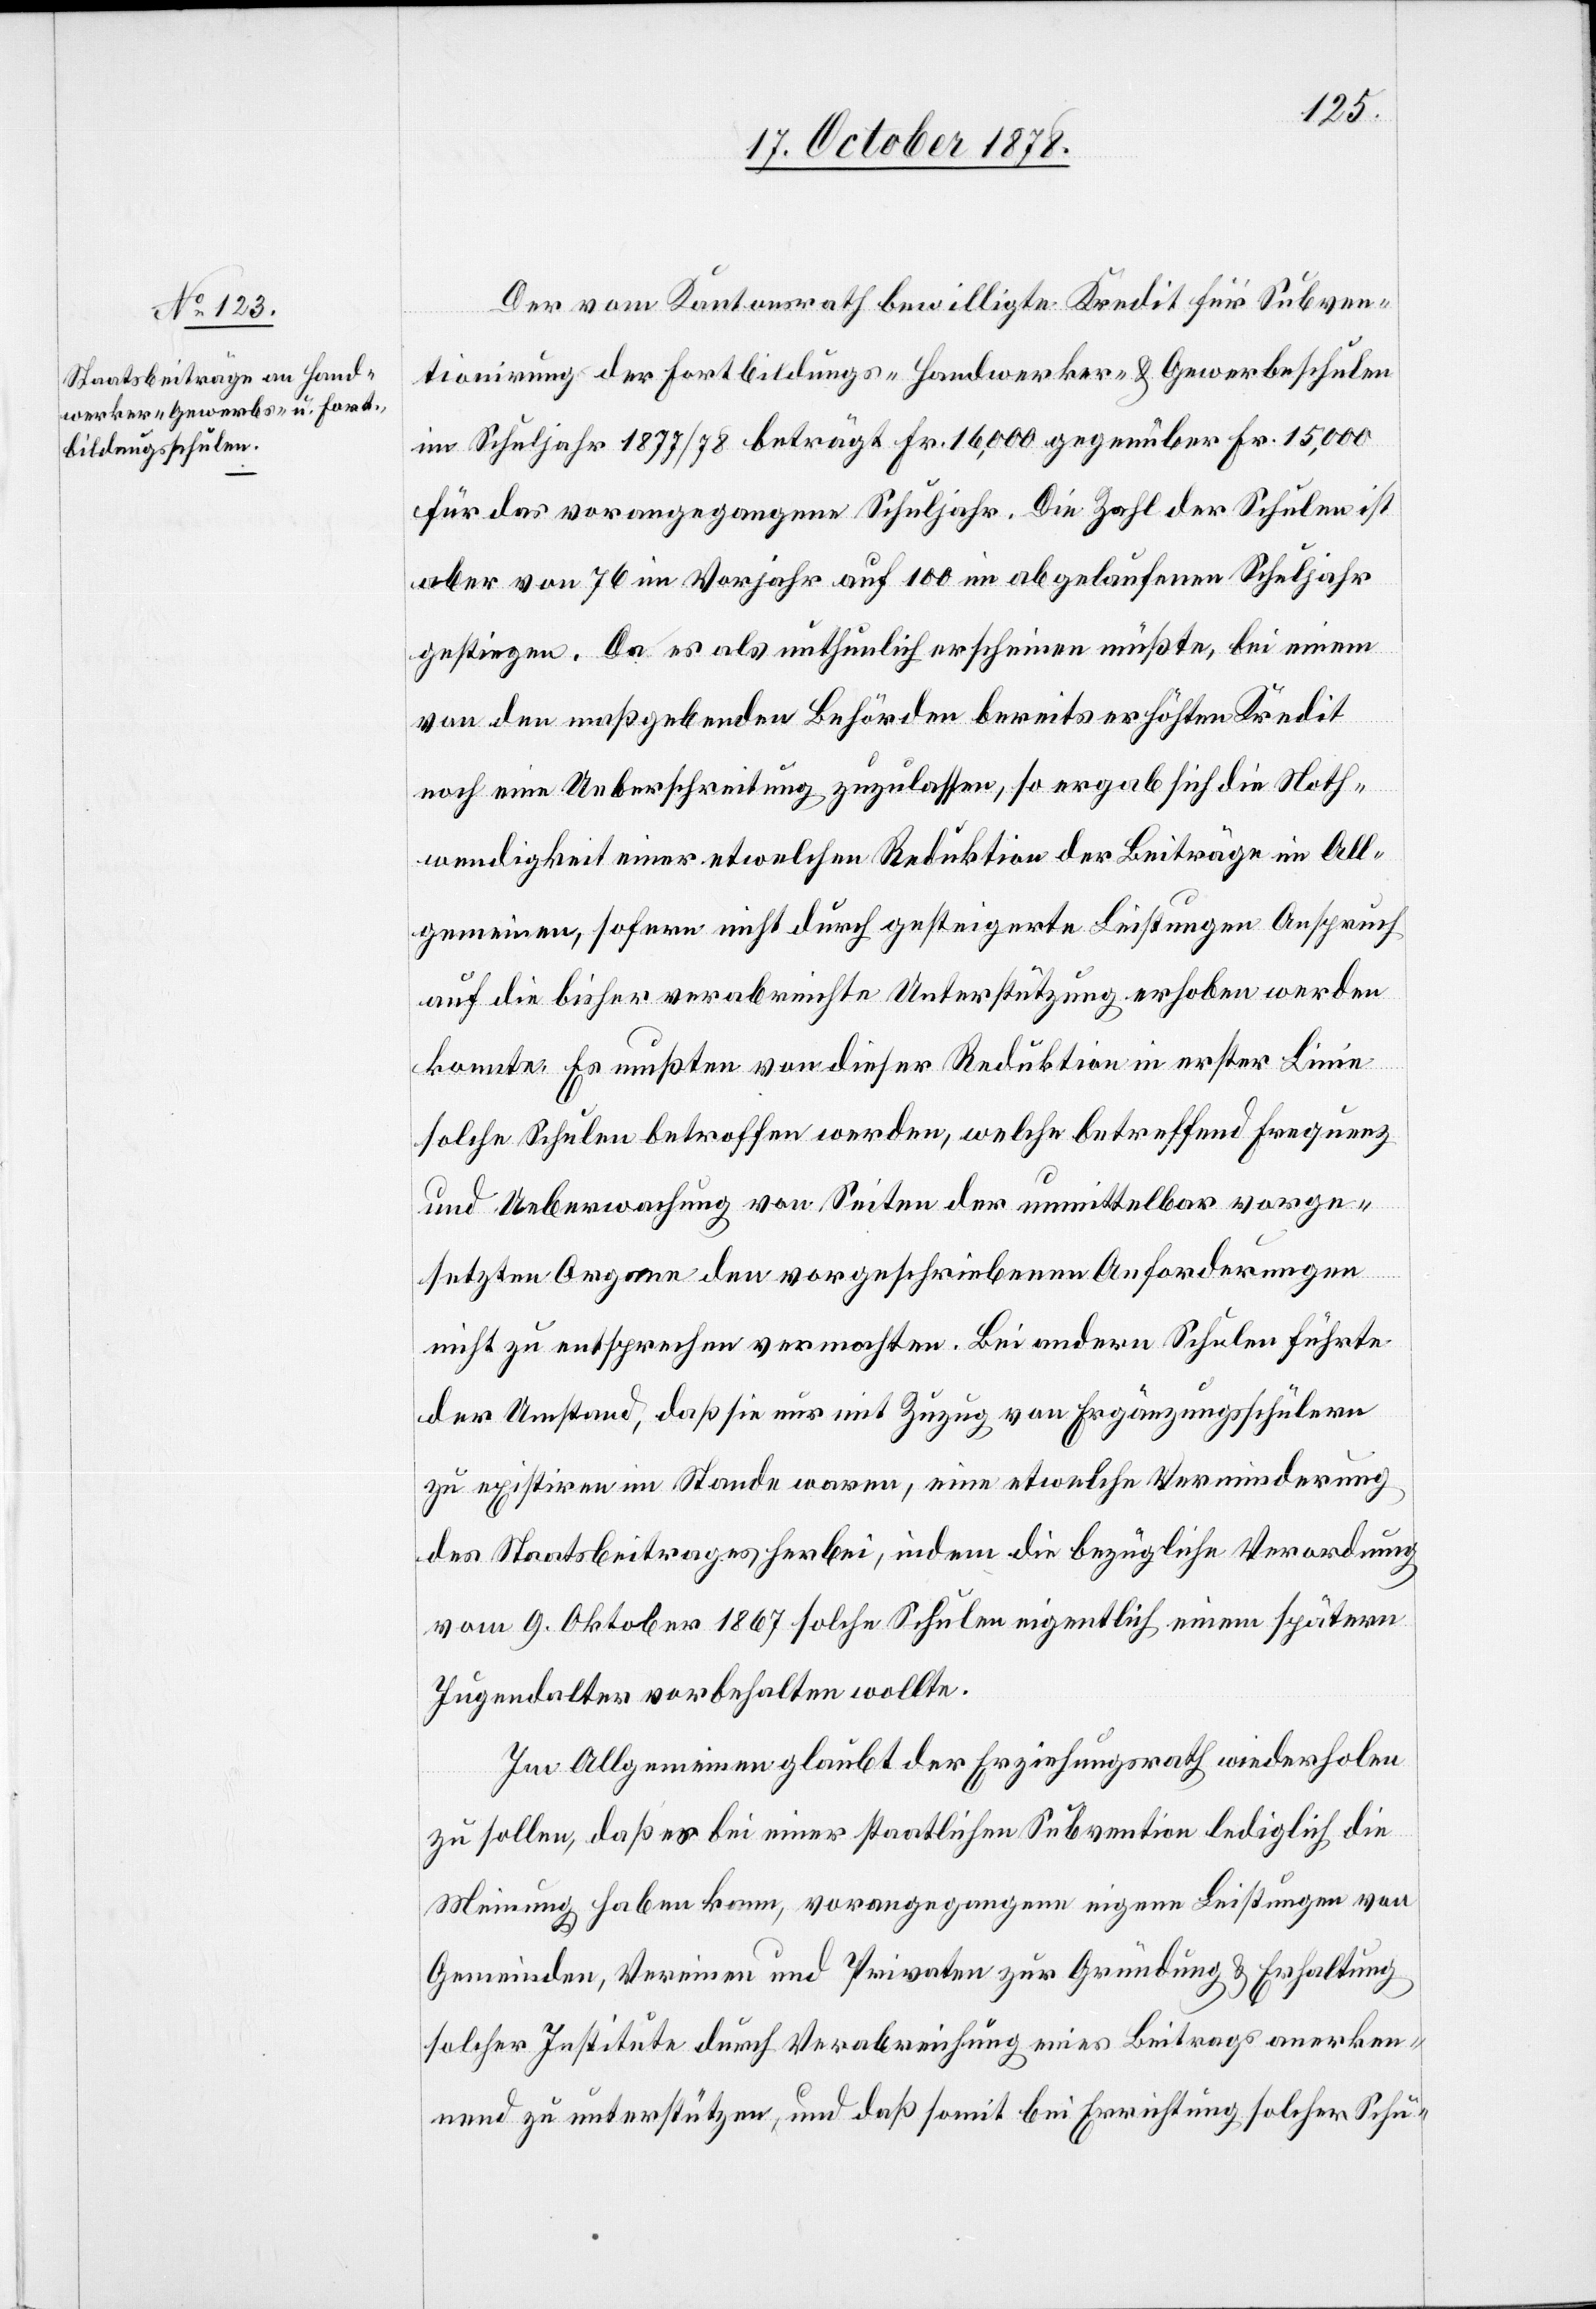
Der vom Kantonsrath bewilligte Kredit für Subven¬
tionirung der Fortbildungs-[,] Handwerker- & Gewerbeschulen
im Schuljahr 1877/78 beträgt Fr. 16,000 gegenüber Fr. 15,000
für das vorangegangene Schuljahr. Die Zahl der Schulen ist
aber von 76 im Vorjahr auf 100 im abgelaufenen Schuljahr
gestiegen. Da es als unthunlich erscheinen müßte, bei einem
von den maßgebenden Behörden bereits erhöhten Kredit
noch eine Ueberschreitung zuzulassen, so ergab sich die Noth¬
wendigkeit einer etwelchen Reduktion der Beiträge im All¬
gemeinen, sofern nicht durch gesteigerte Leistungen Anspruch
auf die bisher verabreichte Unterstützung erhoben werden
konnte. Es mußten von dieser Reduktion in erster Linie
solche Schulen betroffen werden, welche betreffend Frequenz
und Ueberwachung von Seiten der unmittelbar vorge¬
setzten Organe den vorgeschriebenen Anforderungen
nicht zu entsprechen vermochten. Bei andern Schulen führte
der Umstand, daß sie nur mit Zuzug von Ergänzungsschülern
zu existiren im Stande waren, eine etwelche Verminderung
des Staatsbeitrages herbei, indem die bezügliche Verordnung
vom 9. Oktober 1867 solche Schulen eigentlich einem spätern
Jugendalter vorbehalten wollte.
Im Allgemeinen glaubt der Erziehungsrath wiederholen
zu sollen, daß es bei einer staatlichen Subvention lediglich die
Meinung haben kann, vorangegangene eigene Leistungen von
Gemeinden, Vereinen und Privaten zur Gründung & Erhaltung
solcher Institute durch Verabreichung eines Beitrags anerken¬
nend zu unterstützen, und daß somit bei Errichtung solcher Schu-